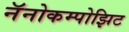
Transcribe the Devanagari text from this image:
नॅनोकम्पोझिट